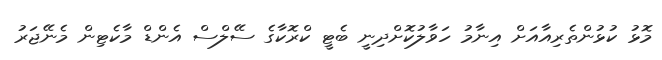
މޮޅު ކުޅުންތެރިއާއަށް އިނާމު ހަވާލުކޮށްދިނީ ބެޓީ ކްރޮކާގެ ސޭލްސް އެންޑް މާކެޓިން މެނޭޖަރު